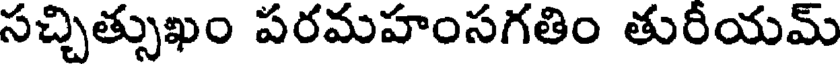
సచ్చిత్సుఖం పరమహంసగతిం తురీయమ్